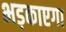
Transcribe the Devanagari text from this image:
भड़काएगा